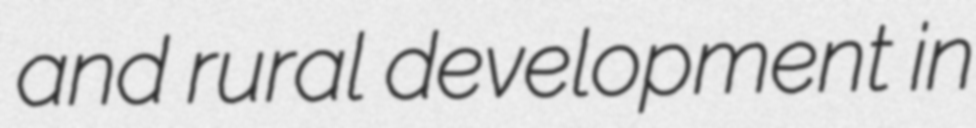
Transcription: and rural development in